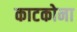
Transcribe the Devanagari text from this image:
काटकोना